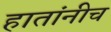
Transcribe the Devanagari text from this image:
हातांनीच